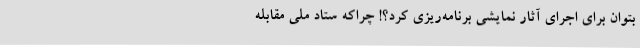
بتوان برای اجرای آثار نمایشی برنامه‌ریزی کرد؟! چراکه ستاد ملی مقابله